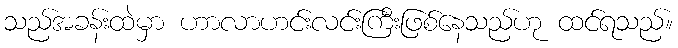
သည်အခန်းထဲမှာ ဟာလာဟင်းလင်းကြီးဖြစ်နေသည်ဟု ထင်ရသည်။